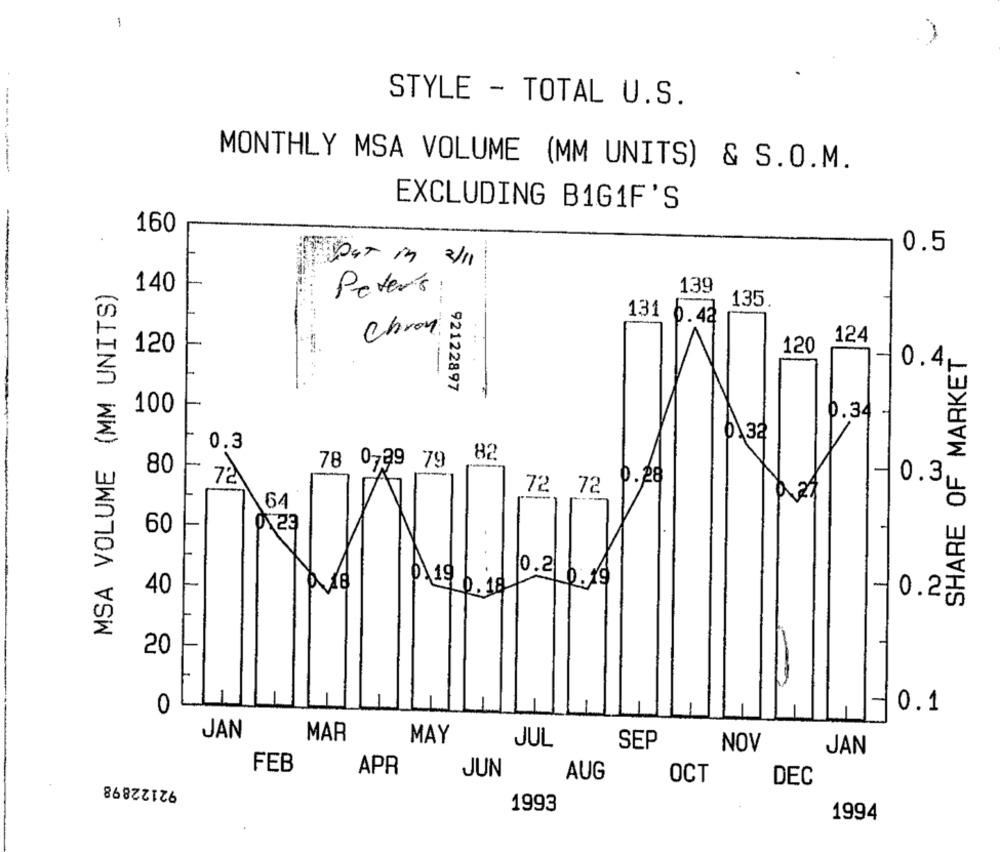
1
STYLE - TOTAL U.S.
.---------
MONTHLY MSA VOLUME (MM UNITS) & S.O.M.
EXCLUDING B1G1F'S
160
0.5
Put in 211
MSA VOLUME (MM UNITS)
140
Peter's
139
-- -
135.
131 6.42
Chron N
124
SHARE OF MARKET
120
120
0.4
92122897
100
0.34
0\32
0.3
80
78 0739 79 82
-1
72
72 72 P.28
0.3,
60
40
0.2
20
0
0.1
JAN
MAR
MAY
JUL
SEP
NOV
JAN
92122898
FEB
APR
JUN
AUG
OCT
DEC
1993
1994